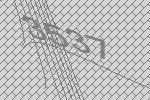
3537